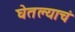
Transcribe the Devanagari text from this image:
घेतल्याचं